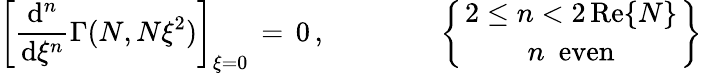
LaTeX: \begin{array}{l}{\displaystyle\left[\frac{\mathrm{d}^{n}}{\mathrm{d}\xi^{n}}\Gamma(N,N\xi^{2})\right]_{\xi=0}\, =\, 0\, ,\qquad\qquad\left\{ {{2\le n<2\, \mathrm{Re}\{ N\} }\atop{n\, \, \, \mathrm{even}}}\right\} }\end{array}